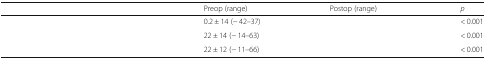
<table><thead><tr><td>[EMPTY_CELL]</td><td><b>Preop (range)</b></td><td><b>Postop (range)</b></td><td><b><i>p</i></b></td></tr></thead><tbody><tr><td>[EMPTY_CELL]</td><td>0.2 ± 14 (− 42–37)</td><td>[EMPTY_CELL]</td><td>&lt; 0.001</td></tr><tr><td>[EMPTY_CELL]</td><td>22 ± 14 (− 14–63)</td><td>[EMPTY_CELL]</td><td>&lt; 0.001</td></tr><tr><td>[EMPTY_CELL]</td><td>22 ± 12 (− 11–66)</td><td>[EMPTY_CELL]</td><td>&lt; 0.001</td></tr></tbody></table>